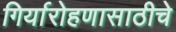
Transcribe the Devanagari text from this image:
गिर्यारोहणासाठीचे